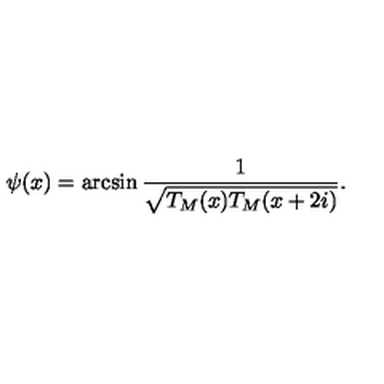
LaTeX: \psi ( x ) = \arcsin \frac { 1 } { \sqrt { T _ { M } ( x ) T _ { M } ( x + 2 i ) } } .